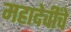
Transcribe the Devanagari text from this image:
महादेवींचे